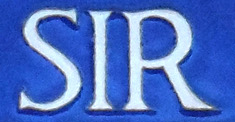
SIR